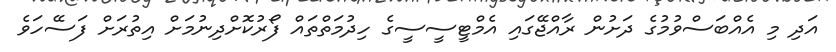
އަދި މި އެއްބަސްވުމުގެ ދަށުން ރާއްޖޭގައި އެމްޓީސީސީގެ ހިދުމަތްތައް ފޯރުކޮށްދިނުމަށް އިތުރަށް ފަސޭހަވެ